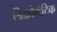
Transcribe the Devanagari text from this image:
त्रिक्रोमैटिक